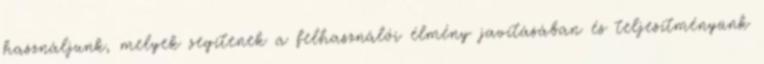
használjunk, melyek segítenek a felhasználói élmény javításában és teljesítményünk